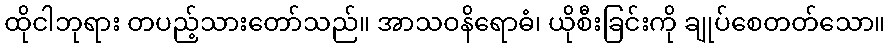
ထိုငါဘုရား တပည့်သားတော်သည်။ အာသဝနိရောဓံ၊ ယိုစီးခြင်းကို ချုပ်စေတတ်သော။